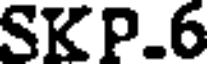
SKP.6